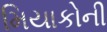
મિયાકોની